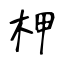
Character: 柙